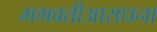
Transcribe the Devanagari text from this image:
भगवतीआराधना